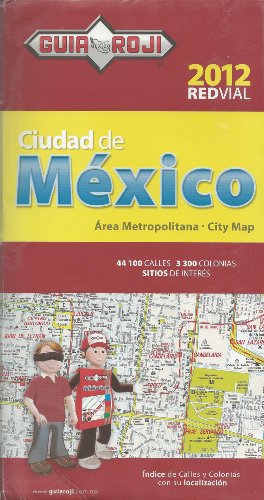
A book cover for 2012 Mexico City Map by Guia Roji (Spanish) (Spanish Edition); Guia Roji; Travel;